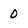
Character: O